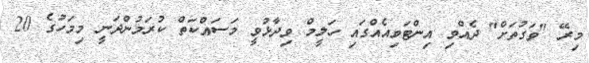
މިރޭ "ވަގުތަށް" ދެއްވި އިންޓަވިއެއްގައި ހަލީމް ވިދާޅުވީ މަސައްކަތް ކުރަމުންދަނީ މިމަހުގެ 20